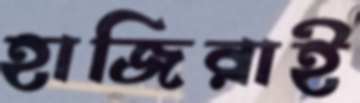
হাজিরাই